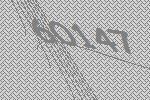
60147